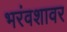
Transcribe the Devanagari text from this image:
भरंवशावर